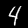
Digit: 4